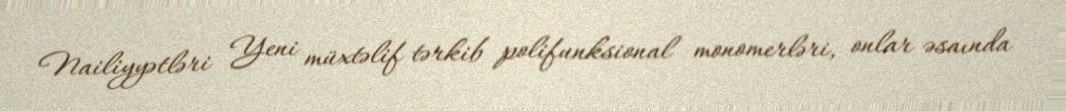
Nailiyyətləri Yeni müxtəlif tərkib polifunksional monomerləri, onlar əsaında